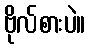
ဗိုလ်စားပဲ။